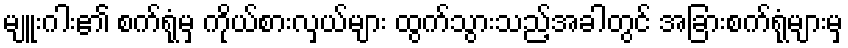
မျူးဂါး၏ စက်ရုံမှ ကိုယ်စားလှယ်များ ထွက်သွားသည့်အခါတွင် အခြားစက်ရုံများမှ